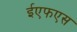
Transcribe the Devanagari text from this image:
ईएफएस